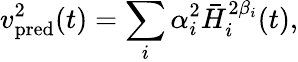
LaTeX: v_{\mathrm{pred}}^{2}(t)=\sum_{i}\alpha_{i}^{2}\bar{H}_{i}^{2\beta_{i}}(t),